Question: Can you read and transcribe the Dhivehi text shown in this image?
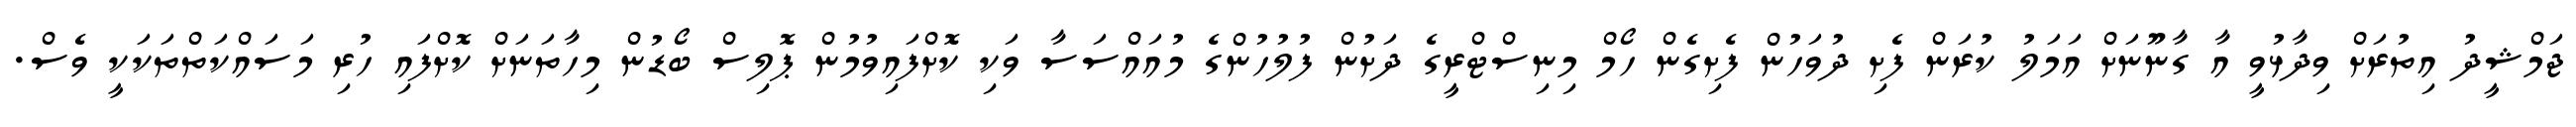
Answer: ޖަމްޝީދު އިތުރަށް ވިދާޅުވީ އާ ގާނޫނަށް އަމަލު ކުރަން ފެށި ދުވަހުން ފެށިގެން ހޯމް މިނިސްޓްރީގެ ދަށުން ފުލުހުންގެ މުއައްސަސާ ވަކި ކޮށްފައިވުމުން ޕޮލިސް ބޯޑުން މިހާތަނަށް ކޮށްފައި ހުރި މަސައްކަތްތަކަކީ ވެސް.